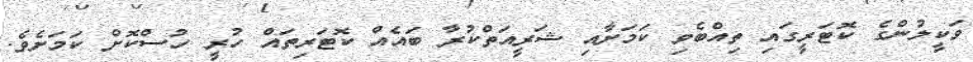
ވަކީލުންގެ ކޮޓަރީގައި ތިއްބެވި ކަމަށާއި ޝަރީއަތްކުރާ ބައެއް ކޮޓަރިތައް ހުރީ ހުސްކޮށް ކަމަށެވެ.